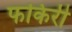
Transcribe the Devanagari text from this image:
फकिरी